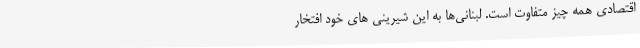
اقتصادی همه چیز متفاوت است. لبنانی‌ها به این شیرینی های خود افتخار